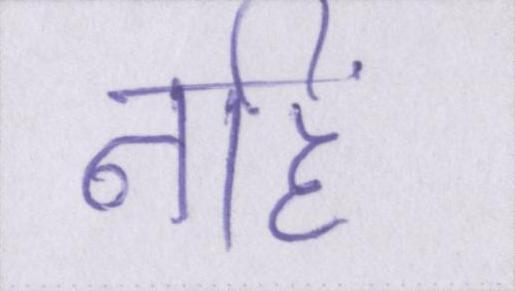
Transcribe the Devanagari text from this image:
नहिं